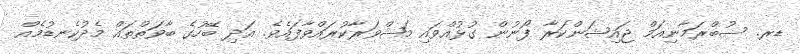
ޑރ. ސުބްރަމާނިއަމް ޖައިޝަންކަރާ ފޯނުން ގުޅުއްވައި މަޝްވަރާކުރައްވާފައެވެ. އަދި ބޭހުގެ ބާވަތްތައް މެދުކެނޑުމެއް